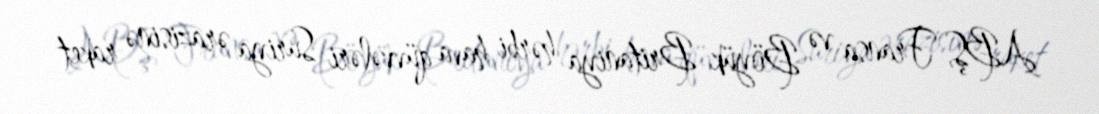
ABŞ, Fransa və Böyük Britaniya hərbi hava qüvvələri Suriya ərazisinə raket